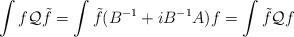
LaTeX: \begin{align*}\int f{\cal Q}\tilde{f}=\int\tilde{f}(B^{-1}+iB^{-1}A)f=\int\tilde{f}{\cal Q}f\end{align*}